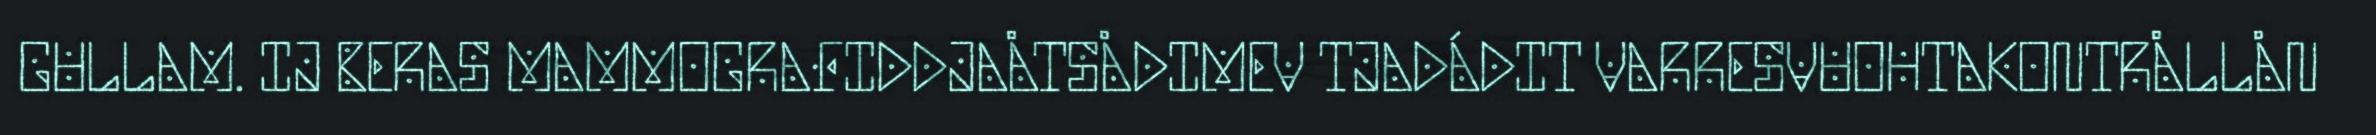
GULLAM. IJ BERAS MAMMOGRAFIDDJAÅTSÅDIMEV TJADÁDIT VARRESVUOHTAKONTRÅLLÅN